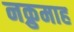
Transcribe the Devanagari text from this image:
नक्रुमाह